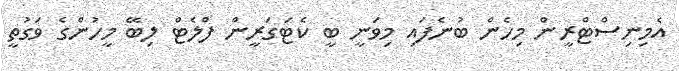
އެމިނިސްޓްރީން މިހެން ބުނެފައި މިވަނީ ބީ ކެޓަގަރީން ފްލެޓް ލިބޭ މީހުންގެ ވަގުތީ